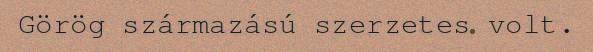
Görög származású szerzetes volt.